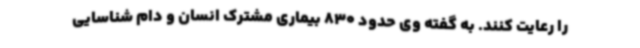
را رعایت کنند. به گفته وی حدود 830 بیماری مشترک انسان و دام شناسایی